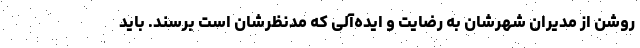
روشن از مدیران شهرشان به رضایت و ایده‌آلی که مدنظرشان است برسند. باید